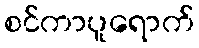
စင်ကာပူရောက်